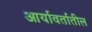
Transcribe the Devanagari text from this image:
आर्यावर्तातील